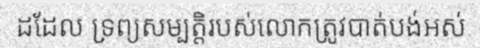
ដដែល ទ្រព្យសម្បត្តិរបស់លោកត្រូវបាត់បង់អស់